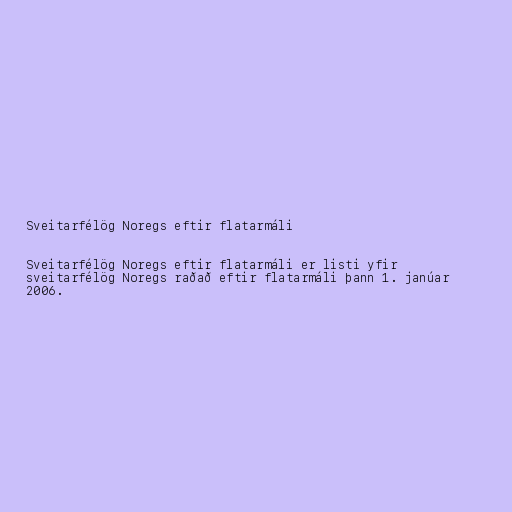
Sveitarfélög Noregs eftir flatarmáli

Sveitarfélög Noregs eftir flatarmáli er listi yfir
sveitarfélög Noregs raðað eftir flatarmáli þann 1. janúar
2006.